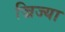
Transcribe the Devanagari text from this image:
ज्रिज्या